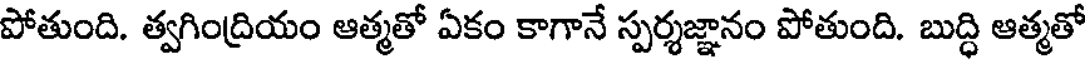
పోతుంది. త్వగింద్రియం ఆత్మతో ఏకం కాగానే స్పర్శజ్ఞానం పోతుంది. బుద్ధి ఆత్మతో